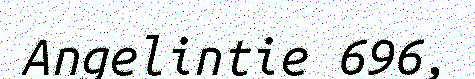
Angelintie 696,